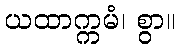
ယထာက္ကမံ၊ စွာ။